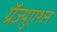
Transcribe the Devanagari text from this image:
ग्रॅज्युएशन